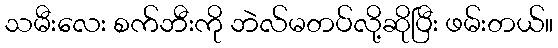
သမီးလေး စက်ဘီးကို ဘဲလ်မတပ်လို့ဆိုပြီး ဖမ်းတယ်။